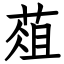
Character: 葅